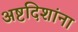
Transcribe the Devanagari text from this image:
अष्टदिशांना